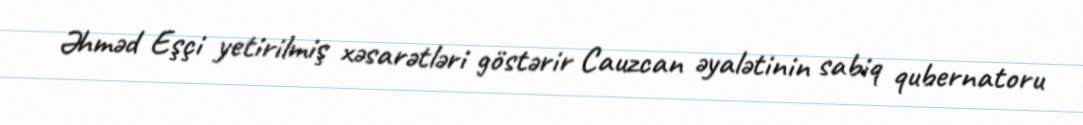
Əhməd Eşçi yetirilmiş xəsarətləri göstərir Cauzcan əyalətinin sabiq qubernatoru